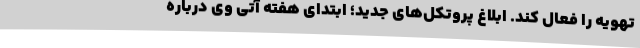
تهویه را فعال کند. ابلاغ پروتکل‌های جدید؛ ابتدای هفته آتی وی درباره